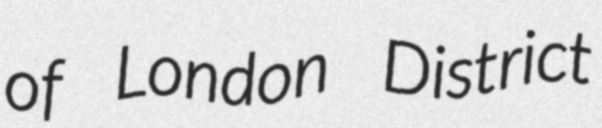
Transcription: of London District